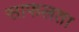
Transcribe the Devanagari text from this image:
साफलता